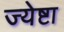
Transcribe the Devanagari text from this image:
ज्येष्टा